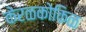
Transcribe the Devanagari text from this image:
केरळकोकिळ